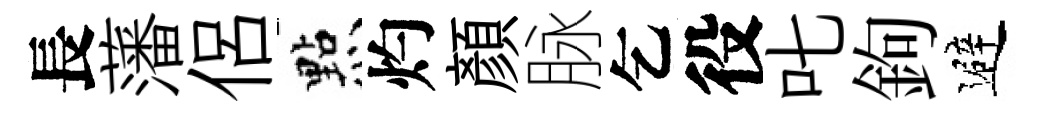
長藩侶㸃灼顏脉乞役叱鉤避